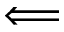
\Longleftarrow